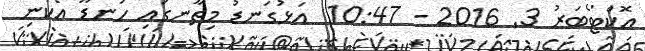
އޮކްޓޯބަރު 3